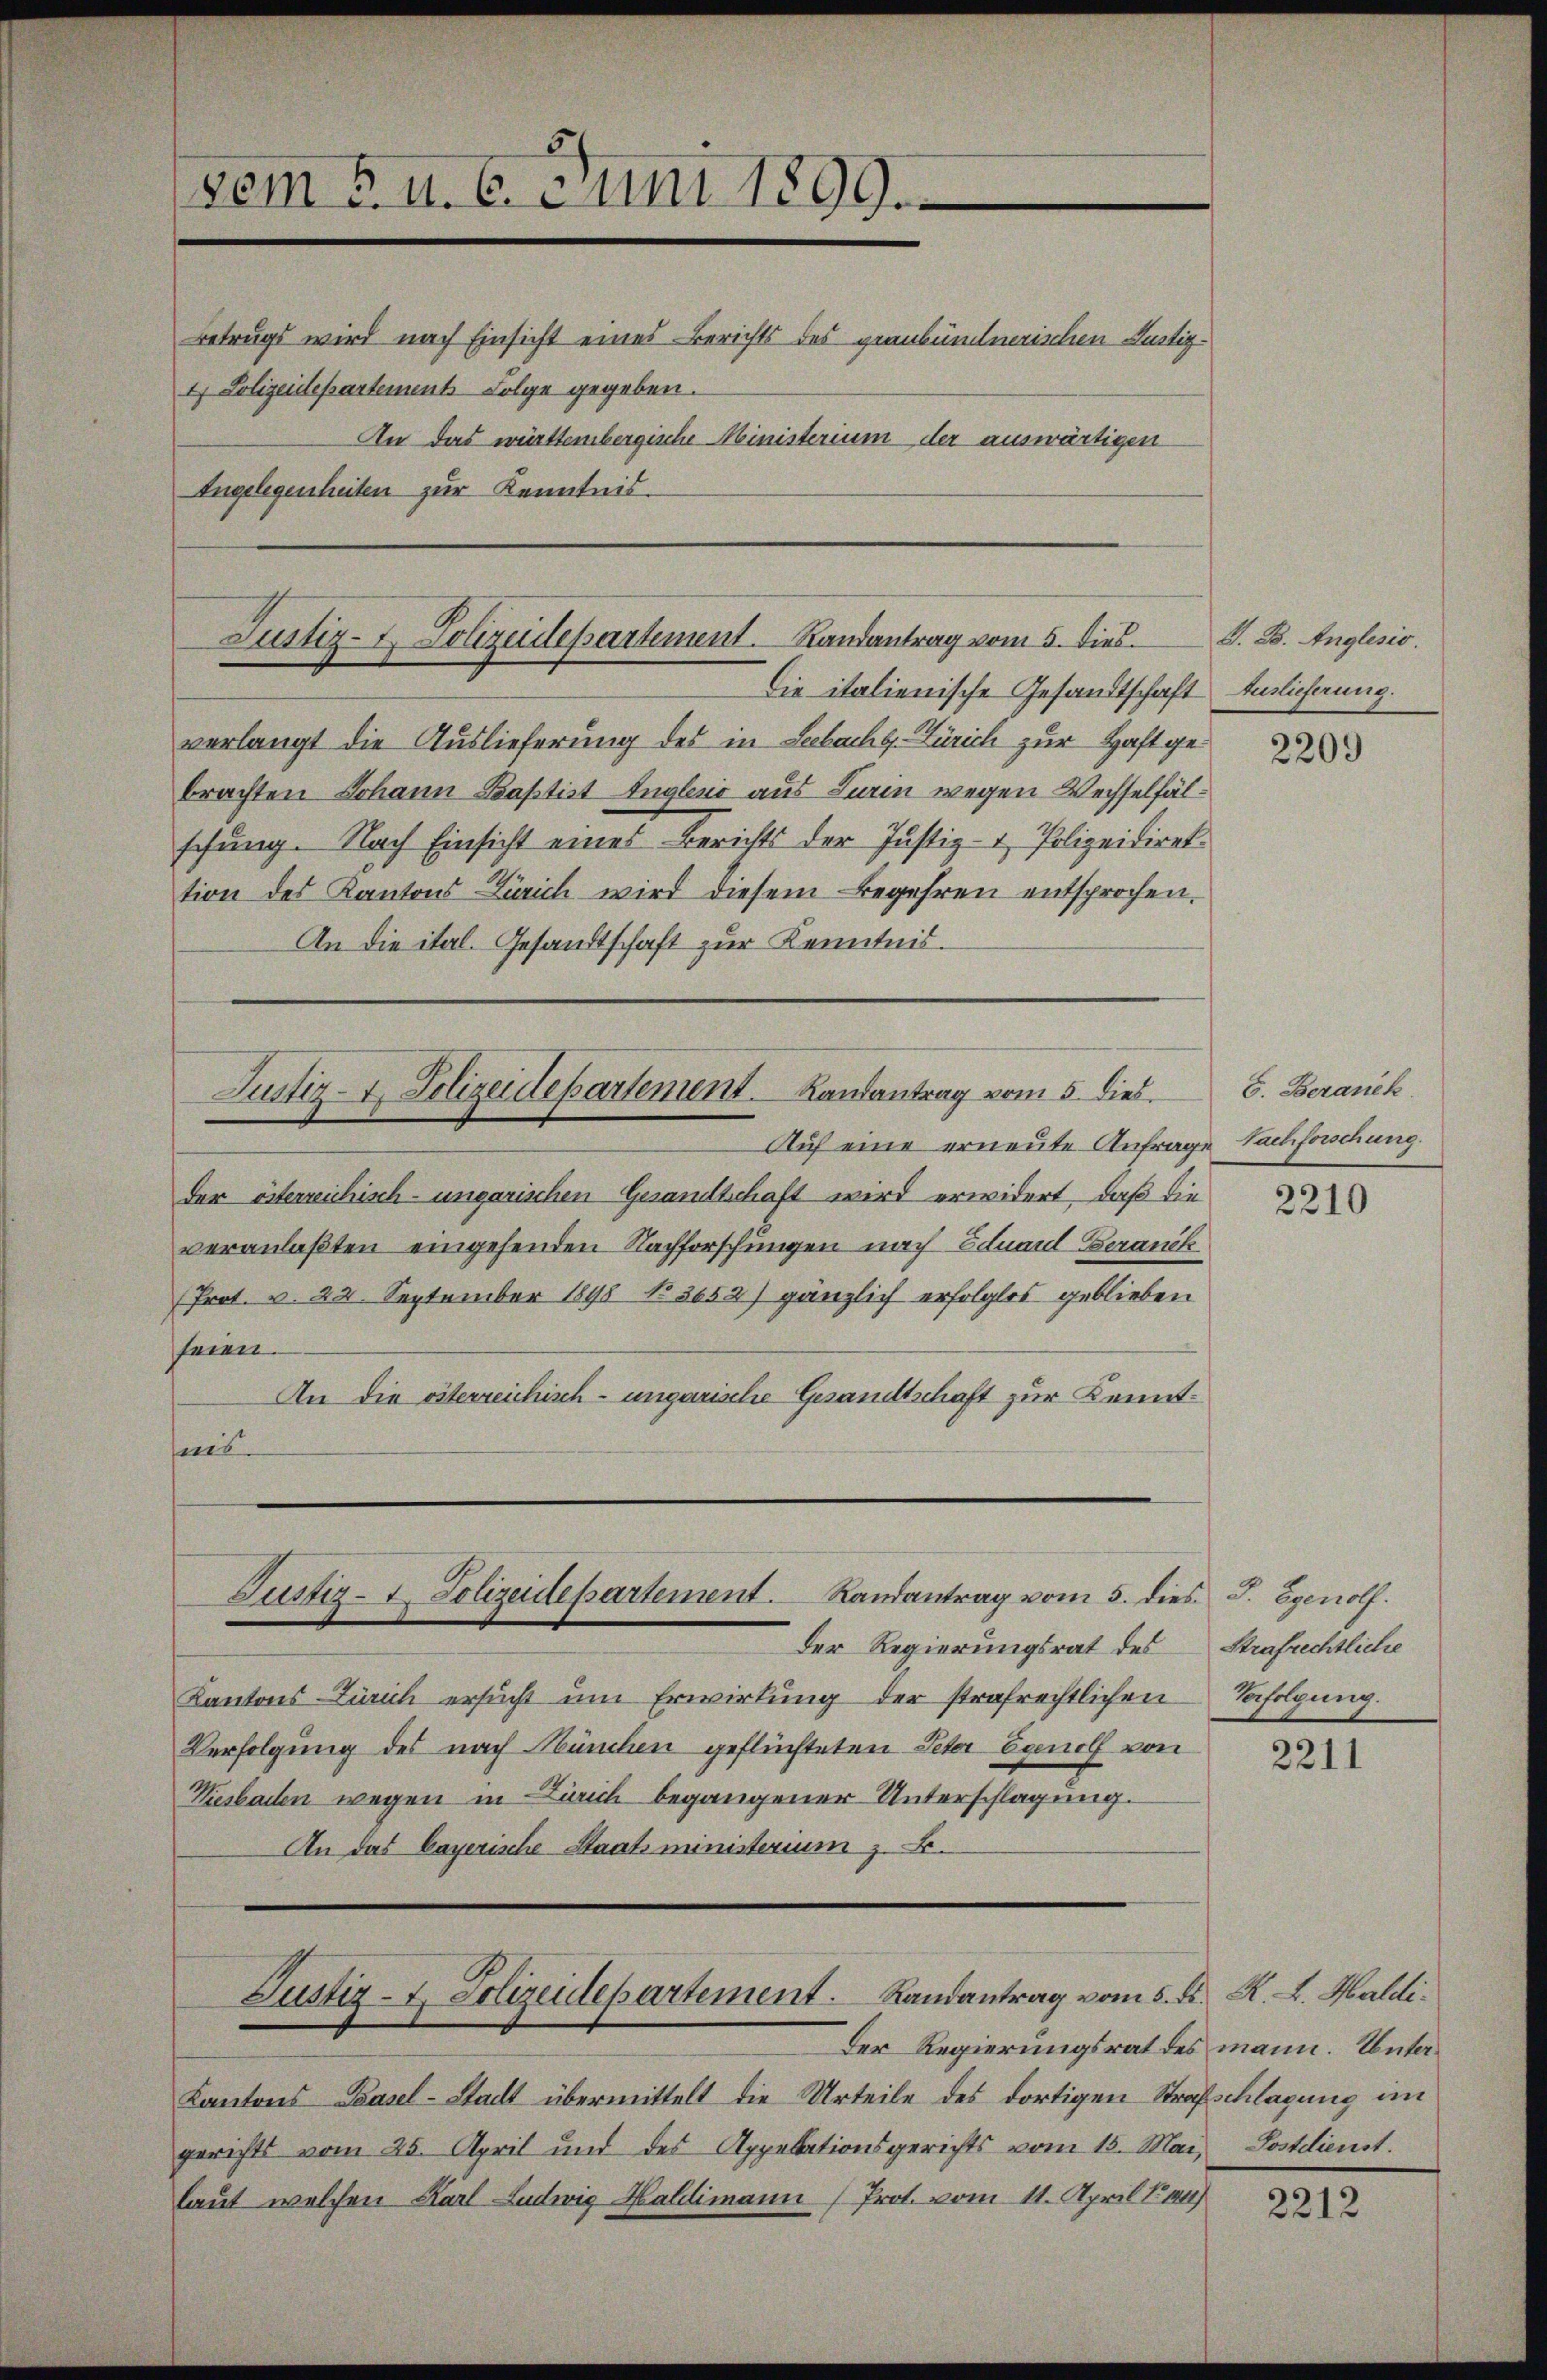
Betrugs wird nach Einsicht eines Berichts des graubündnerischen Fertig¬
1 Polizeidepartement Folge gegeben.
An das württembergische Ministerium der auswärtigen
Angelegenheiten zur Kenntnis.

vem . u. 6. Juni 1899.

Justiz- & Polizeidepartement. Randantrag vom 5. dies.

Die italienische Gesandtschaft Auslieferung.
verlangt die Auslieferung des in Lebacht. Zürich zur Haftgebrachten Johann Baptist Ingleno aus Turin wegen Wechselfälschung. Nach Einsicht eines Berichts der Justiz- & Polizeidiret.
tion des Kantons Zürich wird diesem Begehren entsprochen.
An die ital. Gesandtschaft zur Kenntnis.

Justiz-7. Polizeidepartement. Landantrag vom 5. dies

Justiz-7. Polizeidepartement. Randantrag vom 5. dies J. Egenolf.

Auf eine erneute Anfrage Sachforschung
der österreichisch-ungarischen Gesandtschaft wird erwidert, daß die
veranlaßten eingehenden Nachforschungen nach Eduarl-Beranck
Prot. v. 22. September 1890 No 3652) gänzlich erfolglos geblieben
seien.
An die österreichisch-ungarische Gesandtschaft zur Kenntpanes.

Justiz- & Polizeidepartement. Landantrag vom 5. ds. R. L. Haldi¬

Der Regierungsrat des
Kantons-Zürich ersucht um Erwirkung der strafrechtlichen Verfolgung.
Verfolgung des nach München geflüchteten Peter Egene von
Viesbaden wegen in Zürich begangener Unterschlagung.
An das bayerische Staatsministerium z. B.

Der Regierungsrat des mann. Unter¬
Kantons Basel-Stadt übermittelt die Urteile des dortigen Strafschlagung in
gerichts vom 25. April und des Appelationsgerichts vom 15. Mai, Postdienst.
laut welchen Karl Ludwig Haldimann (Prot. vom 11. April 1844)

G. B. Anglesio

2209

E. Beranek

2210

Strafrechtliche

2211

2212